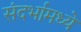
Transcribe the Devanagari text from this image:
संदर्भामध्ये